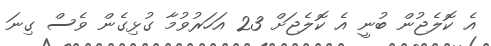
އެ ކޮލެޖުން ބުނީ އެ ކޮލެޖަށް 23 އަހަރުވުމާ ގުޅިގެން ވެސް ގިނަ